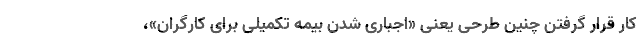
کار قرار گرفتن چنین طرحی یعنی «اجباری شدن بیمه تکمیلی برای کارگران»،